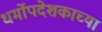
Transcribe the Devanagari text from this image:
धर्मोपदेशकाच्या